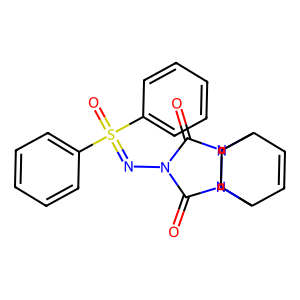
SMILES: O=c1n(N=S(=O)(c2ccccc2)c2ccccc2)c(=O)n2n1C1C=CC2CC1
Inhibits HIV replication: No